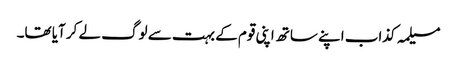
مسیلمہ کذاب اپنے ساتھ اپنی قوم کے بہت سے لوگ لے کر آیا تھا۔